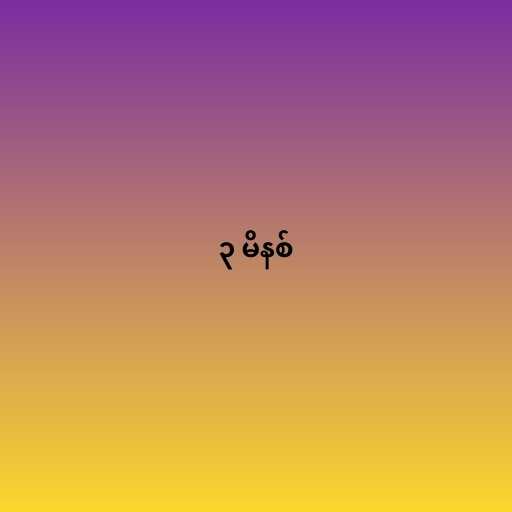
၃ မိနစ်